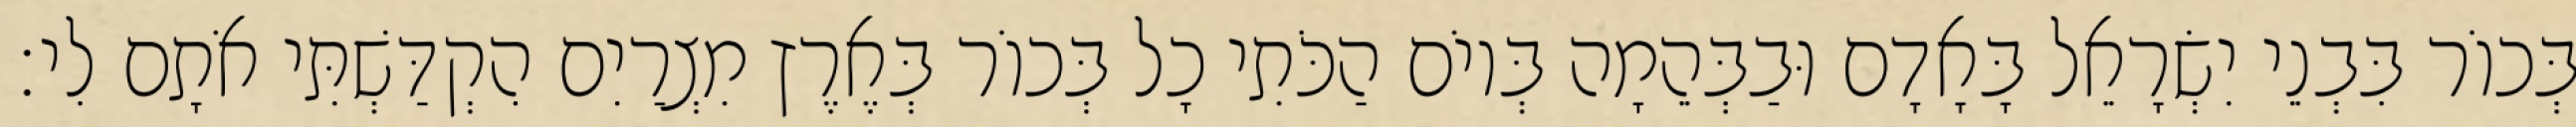
בְּכוֹר בִּבְנֵי יִשְׂרָאֵל בָּאָדָם וּבַבְּהֵמָה בְּיוֹם הַכֹּתִי כָל בְּכוֹר בְּאֶרֶץ מִצְרַיִם הִקְדַּשְׁתִּי אֹתָם לִי׃